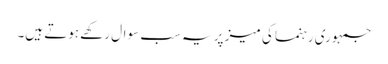
جمہوری رہنما کی میز پر یہ سب سوال رکھے ہوتے ہیں۔